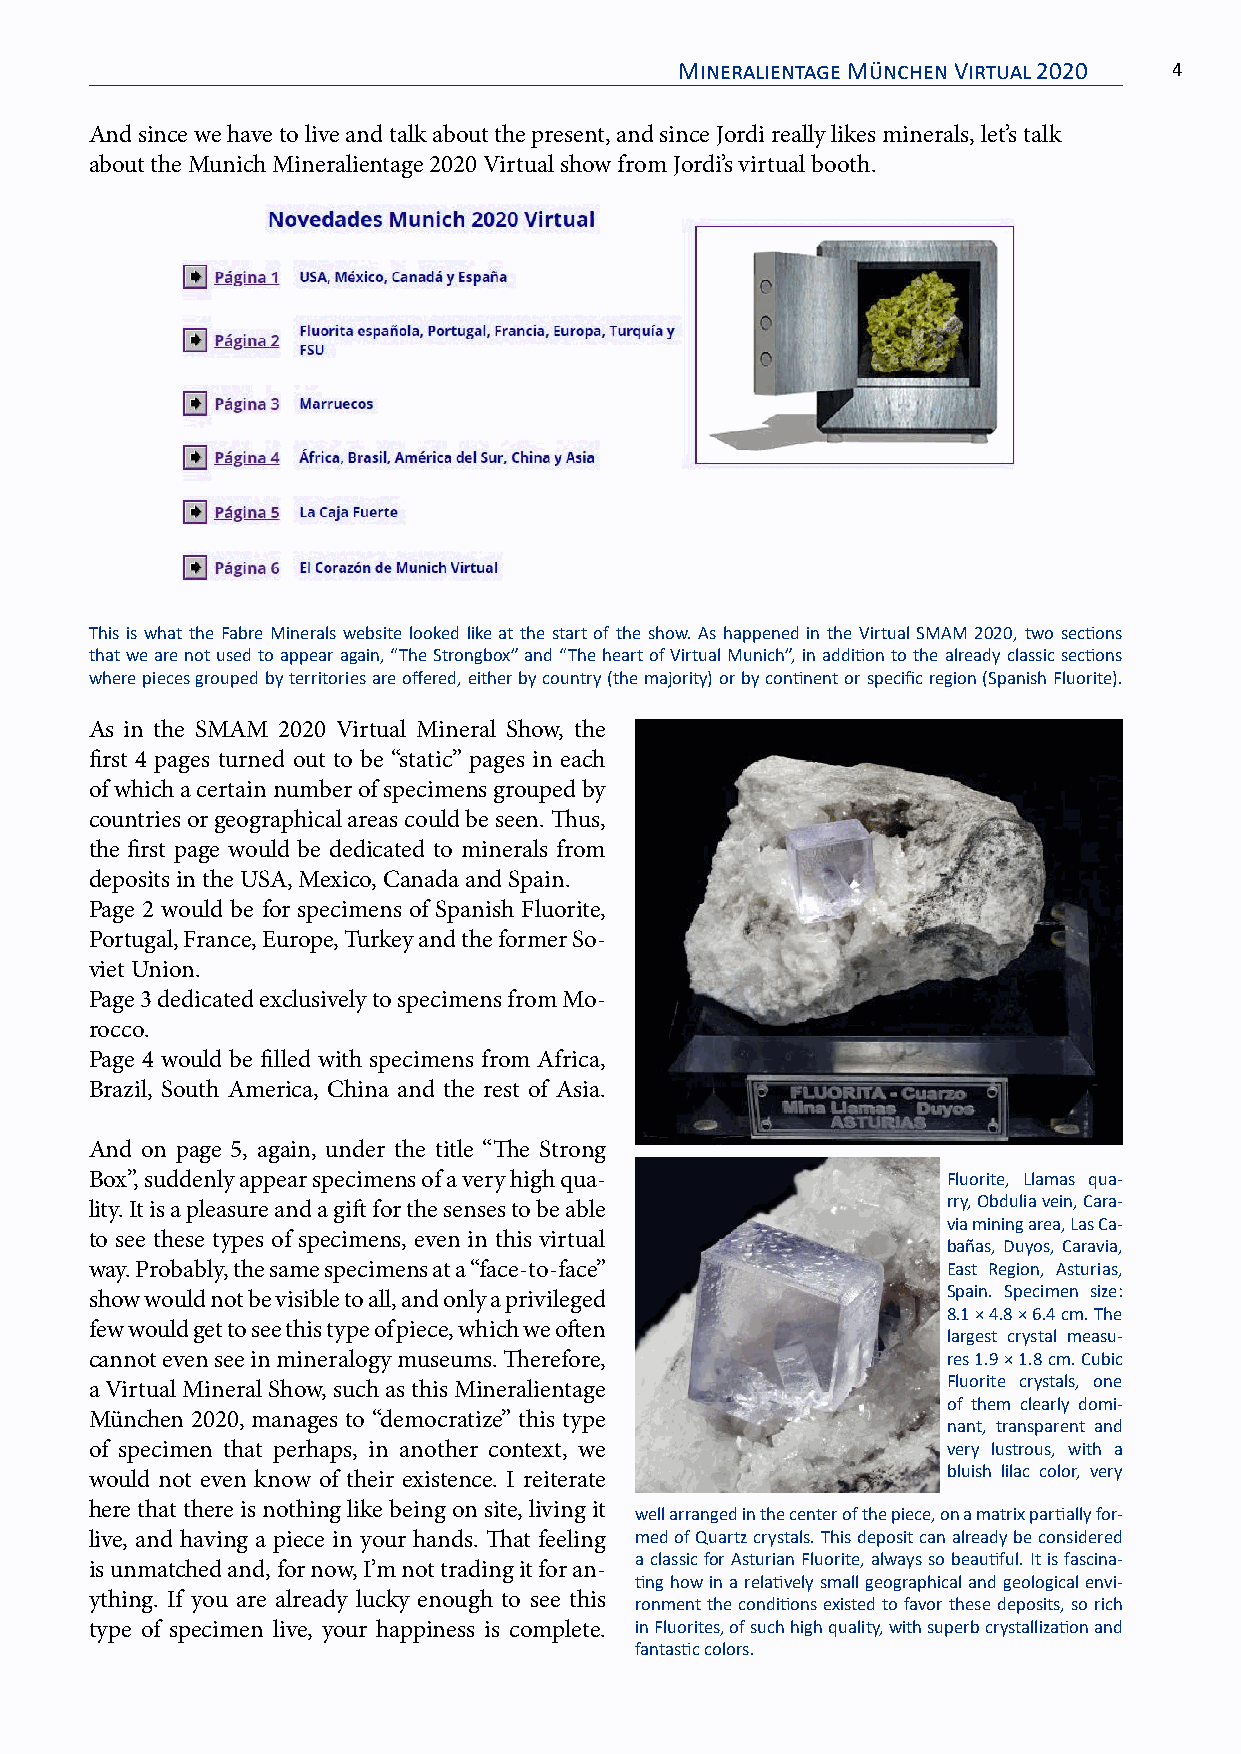
Mineralientage München Virtual 2020 4
 And since we have to live and talk about the present, and since Jordi really likes minerals, let’s talk
 about the Munich Mineralientage 2020 Virtual show from Jordi’s virtual booth.
 This is what the Fabre Minerals website looked like at the start of the show. As happened in the Virtual SMAM 2020, two sections
 that we are not used to appear again, “The Strongbox” and “The heart of Virtual Munich”, in addition to the already classic sections
 where pieces grouped by territories are offered, either by country (the majority) or by continent or specific region (Spanish Fluorite).
 As in the SMAM 2020 Virtual Mineral Show, the
 first 4 pages turned out to be “static” pages in each
 of which a certain number of specimens grouped by
 countries or geographical areas could be seen. Thus,
 the first page would be dedicated to minerals from
 deposits in the USA, Mexico, Canada and Spain.
 Page 2 would be for specimens of Spanish Fluorite,
 Portugal, France, Europe, Turkey and the former So-
 viet Union.
 Page 3 dedicated exclusively to specimens from Mo-
 rocco.
 Page 4 would be filled with specimens from Africa,
 Brazil, South America, China and the rest of Asia.
 And on page 5, again, under the title “The Strong
 Box”, suddenly appear specimens of a very high qua-      Fluorite, Llamas qua-
 rry, Obdulia vein, Cara-
 lity. It is a pleasure and a gift for the senses to be able
 via mining area, Las Ca-
 to see these types of specimens, even in this virtual
 bañas, Duyos, Caravia,
 way. Probably, the same specimens at a “face-to-face”    East Region, Asturias,
 Spain. Specimen size:
 show would not be visible to all, and only a privileged
 8.1 × 4.8 × 6.4 cm. The
 few would get to see this type of piece, which we often
 largest crystal measu-
 cannot even see in mineralogy museums. Therefore,        res 1.9 × 1.8 cm. Cubic
 Fluorite crystals, one
 a Virtual Mineral Show, such as this Mineralientage
 of them clearly domi-
 München 2020, manages to “democratize” this type
 nant, transparent and
 of specimen that perhaps, in another context, we         very lustrous, with a
 bluish lilac color, very
 would not even know of their existence. I reiterate
 here that there is nothing like being on site, living it well arranged in the center of the piece, on a matrix partially for-
 live, and having a piece in your hands. That feeling med of Quartz crystals. This deposit can already be considered
 a classic for Asturian Fluorite, always so beautiful. It is fascina-
 is unmatched and, for now, I’m not trading it for an-
 ting how in a relatively small geographical and geological envi-
 ything. If you are already lucky enough to see this ronment the conditions existed to favor these deposits, so rich
 type of specimen live, your happiness is complete. in Fluorites, of such high quality, with superb crystallization and
 fantastic colors.